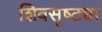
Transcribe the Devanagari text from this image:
शिवसृष्ट्या